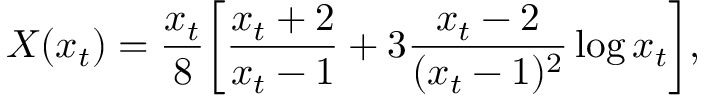
X ( x _ { t } ) = { \frac { x _ { t } } { 8 } } \biggl [ { \frac { x _ { t } + 2 } { x _ { t } - 1 } } + 3 { \frac { x _ { t } - 2 } { ( x _ { t } - 1 ) ^ { 2 } } } \log x _ { t } \biggr ] ,